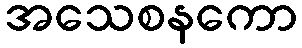
အသေစနကော